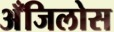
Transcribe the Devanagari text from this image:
अँजिलोस